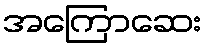
အကြောဆေး